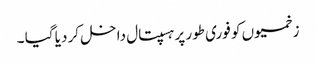
زخمیوں کو فوری طور پر ہسپتال داخل کر دیا گیا ۔